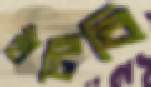
হাঁটিবি